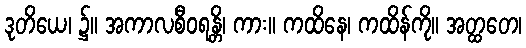
ဒုတိယေ၊ ၌။ အကာလစီဝရန္တိ၊ ကား။ ကထိနေ၊ ကထိန်ကို။ အတ္ထတေ၊